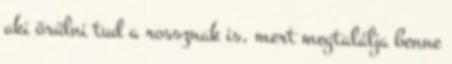
aki örülni tud a rossznak is, mert megtalálja benne